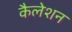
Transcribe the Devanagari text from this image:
कैलेशन